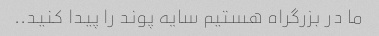
ما در بزرگراه هستیم سایه پوند را پیدا کنید..